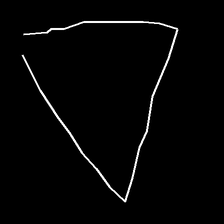
Glyph: convergence